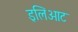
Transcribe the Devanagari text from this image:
इलिओट